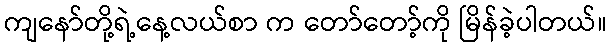
ကျနော်တို့ရဲ့နေ့လယ်စာ က တော်တော့်ကို မြိန်ခဲ့ပါတယ်။